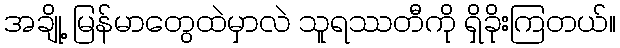
အချို့ မြန်မာတွေထဲမှာလဲ သူရဿတီကို ရှိခိုးကြတယ်။